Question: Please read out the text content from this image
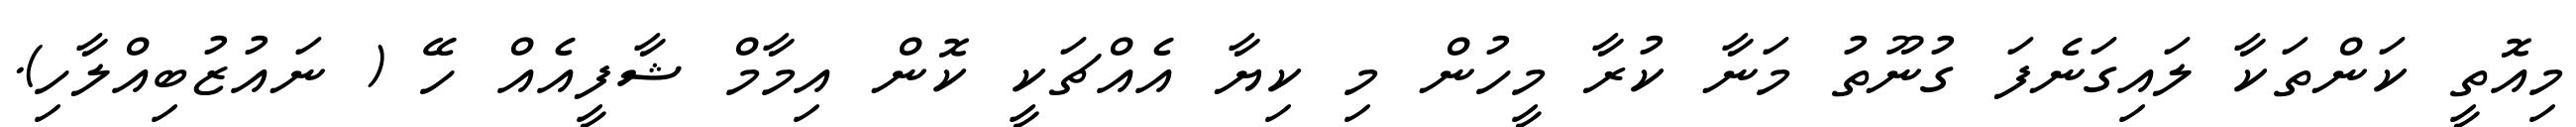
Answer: މިއޮތީ ކަންތަކާ ލައިގަނެފަ ގުނޫތު މަނާ ކުރާ މީހުން މި ކިޔާ އެއްޗަކީ ކޮން އިމާމް ޝާފީއެއް ހޭ ( ނައުޒުބިއްލާހި).